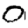
Digit: 0